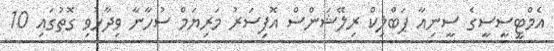
އެމްޓީސީސީގެ ސީނިއާ ޕަބްލިކް ރިލޭޝަންސް އޮފިސަރު މަރިޔަމް ސުހާނާ ވިދާޅުވި ގޮތުގައި 10